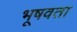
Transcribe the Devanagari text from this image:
भूषवता